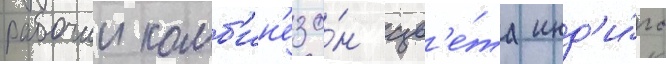
рабочии комб'ин'езо́н цв'е́та инд'и́го